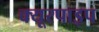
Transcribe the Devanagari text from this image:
क्‍यूरपाइप